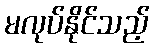
မလုပ်နိုင်သည့်